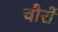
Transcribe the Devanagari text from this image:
चौरों